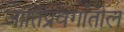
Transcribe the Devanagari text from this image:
जातिप्रवर्गातील